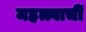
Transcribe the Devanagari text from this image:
महत्त्वाचीं